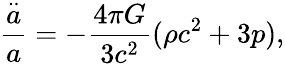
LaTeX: \frac{\stackrel{..}{a}}{a}=-\frac{4\pi G}{3c^{2}}(\rho c^{2}+3p),